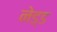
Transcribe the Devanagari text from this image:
नेड्ड